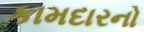
કામદારનો